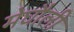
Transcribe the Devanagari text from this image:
मेघौली